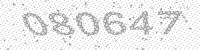
Solution: 080647